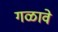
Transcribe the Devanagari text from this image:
गळावे